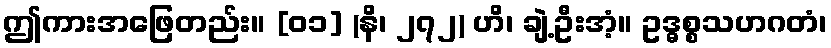
ဤကားအဖြေတည်း။ [၀၁] (နိ၊ ၂၇၂) ဟိ၊ ချဲ့ဦးအံ့။ ဥဒ္ဓစ္စသဟဂတံ၊